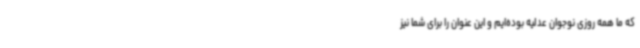
که ما همه روزی نوجوان عدلیه بوده‌ایم و این عنوان را برای شما نیز